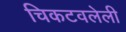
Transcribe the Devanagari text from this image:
चिकटवलेली